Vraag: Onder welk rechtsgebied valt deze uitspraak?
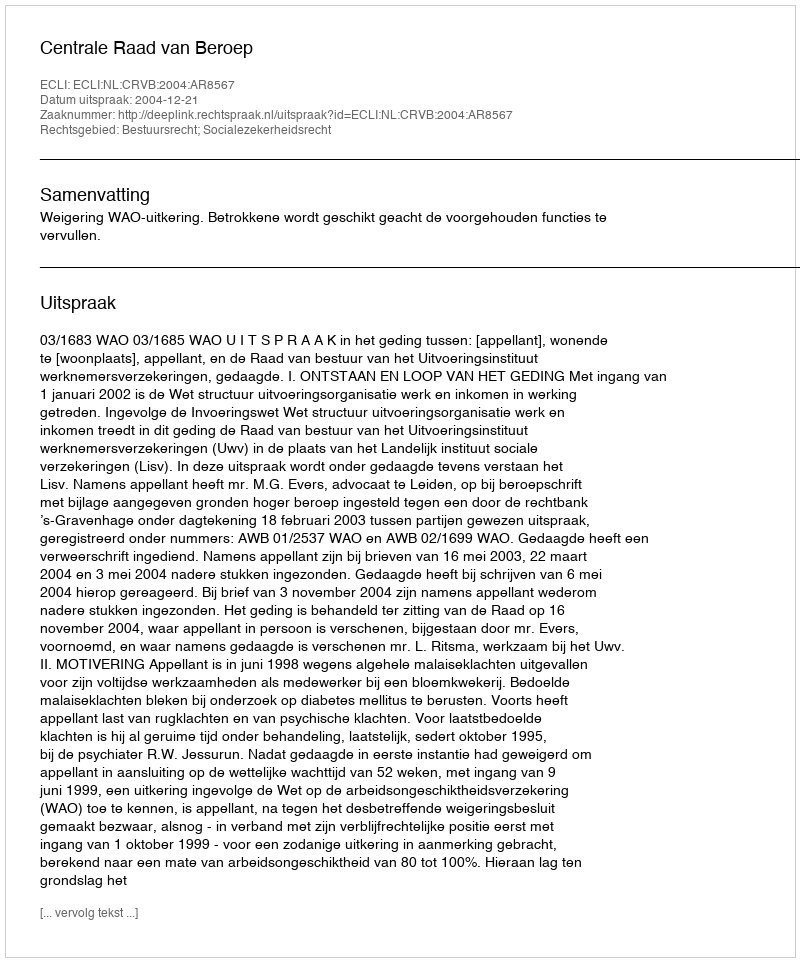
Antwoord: Bestuursrecht; Socialezekerheidsrecht